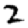
Digit: 2